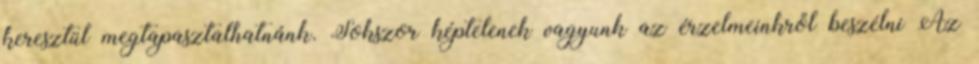
keresztül megtapasztalhatnánk. Sokszor képtelenek vagyunk az érzelmeinkről beszélni Az